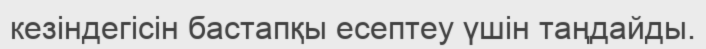
кезіндегісін бастапқы есептеу үшін таңдайды.